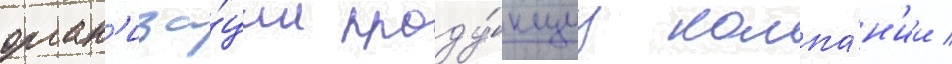
орган'иза́ции проду́кциу компа́н'ии /